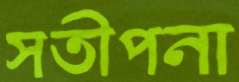
সতীপনা